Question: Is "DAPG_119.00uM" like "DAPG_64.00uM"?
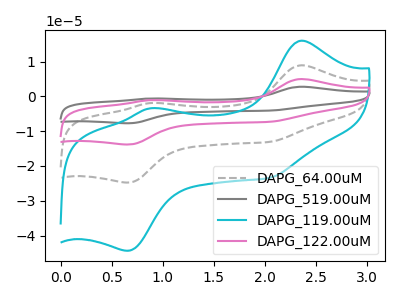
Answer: <think>The gray dashed curve "DAPG_64.00uM" has anodic peaks at (2.35V, 8.95uA) (0.85V, -1.95uA) and cathodic peaks at (0.65V, -24.75uA) (2.05V, -13.05uA). The gray curve "DAPG_519.00uM" has anodic peaks at (2.35V, 26.80uA) (0.85V, -5.80uA) and cathodic peaks at (0.65V, -74.30uA) (2.05V, -39.20uA). The cyan curve "DAPG_119.00uM" has anodic peaks at (2.35V, 16.00uA) (0.85V, -3.45uA) and cathodic peaks at (0.65V, -44.35uA) (2.05V, -23.40uA). The pink curve "DAPG_122.00uM" has anodic peaks at (2.35V, 17.90uA) (0.85V, -3.85uA) and cathodic peaks at (0.65V, -49.55uA) (2.05V, -26.10uA).
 All the peaks in "DAPG_119.00uM" have a peak in "DAPG_64.00uM" at the same potential.</think>
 <answer>"DAPG_119.00uM" and "DAPG_64.00uM" are similar in shape.</answer>
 <eval>same_shape</eval>